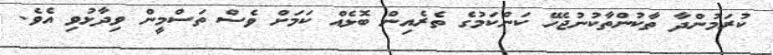
ކުރަމުންދާ ތާކުންތާކުނުޖެހޭ ކަންކަމުގެ ތެރެއިން ބޮޅެއް ކަމަށް ވެސް ތަސްމީން ވިދާޅުވި އެވެ.